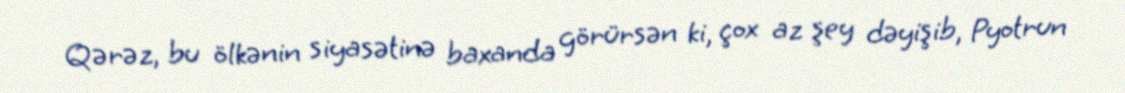
Qərəz, bu ölkənin siyasətinə baxanda görürsən ki, çox az şey dəyişib, Pyotrun